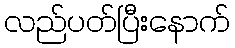
လည်ပတ်ပြီးနောက်